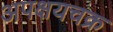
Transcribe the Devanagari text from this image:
अपक्षयचक्र